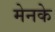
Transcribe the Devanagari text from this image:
मेनके